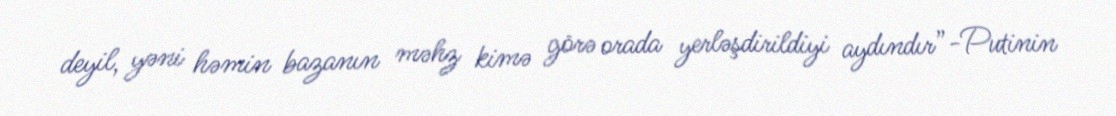
deyil, yəni həmin bazanın məhz kimə görə orada yerləşdirildiyi aydındır”-Putinin